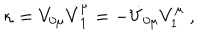
\kappa = V _ { 0 \mu } \dot { V } _ { 1 } ^ { \mu } = - \dot { V } _ { 0 \mu } V _ { 1 } ^ { \mu } ~ ,